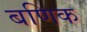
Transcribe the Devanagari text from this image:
बणिक